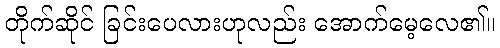
တိုက်ဆိုင် ခြင်းပေလားဟုလည်း အောက်မေ့လေ၏။